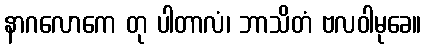
နာဂလောကေ တု ပါတာလံ၊ ဘာသိတံ ဗလဝါမုခေ။